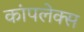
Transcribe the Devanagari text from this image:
कांपलेक्स